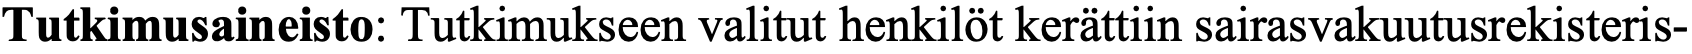
Tutkimusaineisto: Tutkimukseen valitut henkilöt kerättiin sairasvakuutusrekisteris-